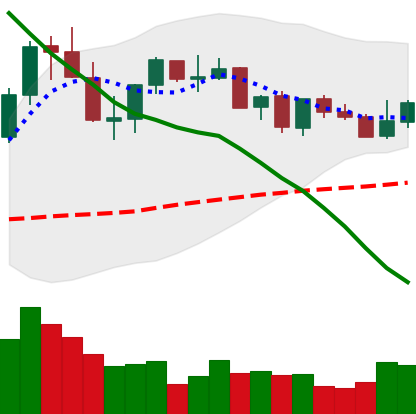
Ticker: XLM-USD
Chart end date: 2021-09-01
Forward return: 19.666%
Label: up_7plus